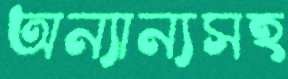
অন্যান্যসহ